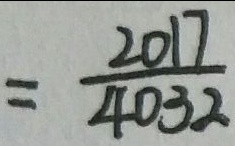
= \frac { 2 0 1 7 } { 4 0 3 2 }